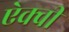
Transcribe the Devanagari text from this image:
ऐक्वी